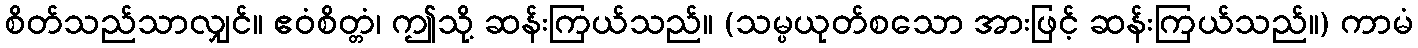
စိတ်သည်သာလျှင်။ ဧဝံစိတ္တံ၊ ဤသို့ ဆန်းကြယ်သည်။ (သမ္ပယုတ်စသော အားဖြင့် ဆန်းကြယ်သည်။) ကာမံ